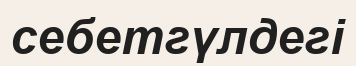
себетгүлдегі